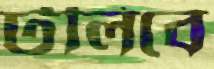
টলিবে